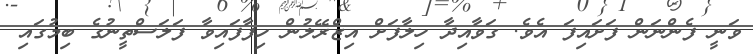
ވަނީ ފެންނަން ފަށައިފަ އެވެ. ގަވާއިދާ ހިލާފަށް އިޒްރޭލުން ހިފާފައިވާ ފަލަސްތީނުގެ ބިމުގައި